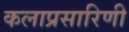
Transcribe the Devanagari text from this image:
कलाप्रसारिणी